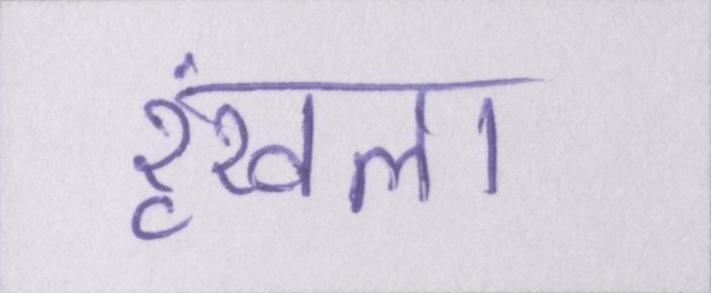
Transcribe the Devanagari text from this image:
रॄंखला